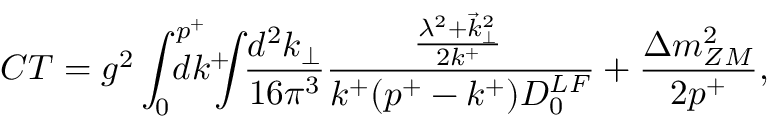
C T = g ^ { 2 } \int _ { 0 } ^ { p ^ { + } } \! \! \! \! \! \! \! d k ^ { + } \! \! \! \! \int \! \! \frac { d ^ { 2 } k _ { \perp } } { 1 6 \pi ^ { 3 } } \frac { \! \! \frac { \lambda ^ { 2 } + { \vec { k } } _ { \perp } ^ { 2 } } { 2 k ^ { + } } \! } { k ^ { + } ( p ^ { + } - k ^ { + } ) D _ { 0 } ^ { L F } } + \frac { \Delta m _ { Z M } ^ { 2 } } { 2 p ^ { + } } ,